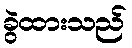
ခွဲထားသည်